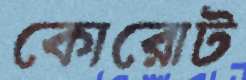
কোরোট